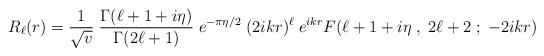
LaTeX: \begin{align*}R_\ell (r) = {1\over \sqrt v} \; {\Gamma (\ell + 1+i\eta)\over \Gamma (2\ell +1)}\;e^{-\pi\eta/2} \; (2ikr)^\ell \; e^{ikr} F(\ell + 1+i\eta\;,\; 2\ell +2\; ;\; -2ikr)\end{align*}